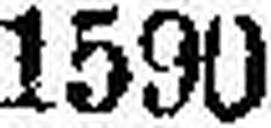
1590